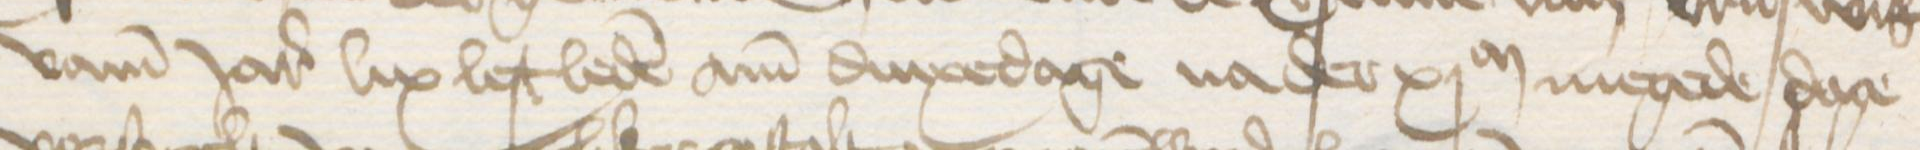
Transcription: vamm Jares lix lest leden am dinxedage na der xjM megede dage